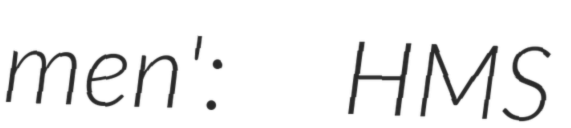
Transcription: men':  HMS